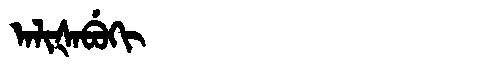
Manchu: ᠠᠯᡳᡧᠠᠪᡠᡴᡳ
Romanization: ALIŠABUKI